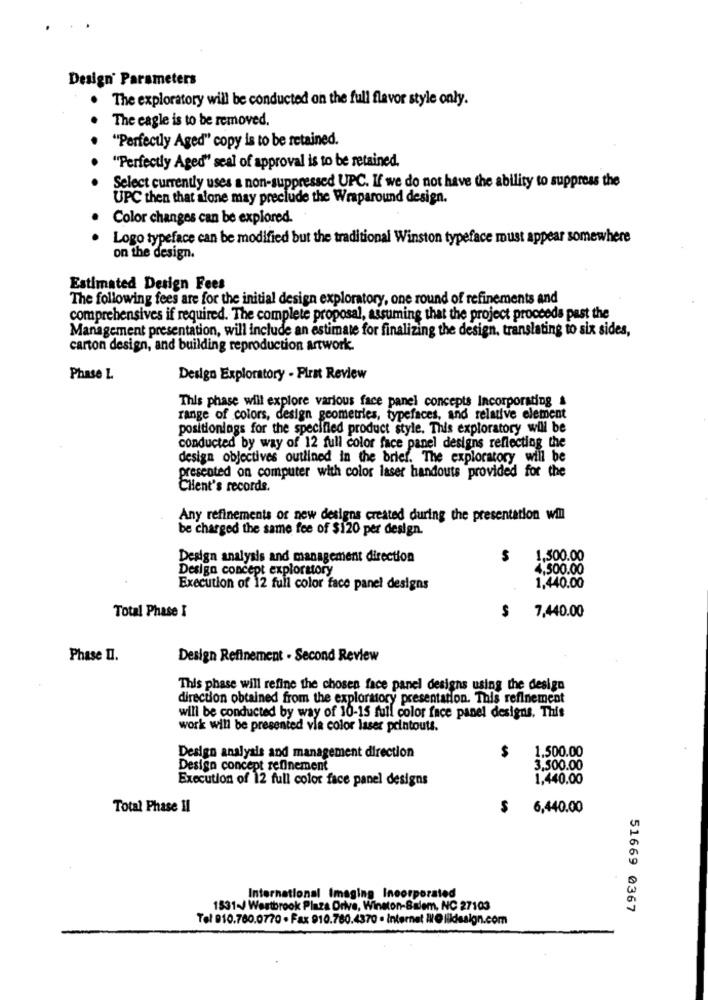
Design' Parameters
The exploratory will be conducted on the full flavor style only.
The eagle is to be removed.
"Perfectly Aged" copy is to be retained.
"Perfectly Aged" seal of approval is to be retained.
Select currently uses a non-suppressed UPC. If we do not have the ability to suppress the
UPC then that alone may preclude the Wraparound design.
Color changes can be explored
.
Logo typeface can be modified but the traditional Winston typeface must appear somewhere
on the design.
Estimated Design Fees
The following fees are for the initial design exploratory, one round of refinements and
comprehensives if required. The complete proposal, assuming that the project proceeds past the
Management presentation, will include an estimate for finalizing the design, translating to six sides,
carton design, and building reproduction artwork.
Phase L
Design Exploratory - First Review
This phase will explore various face panel concepts Incorporating &
range of colors, design geometries, typefaces, and relative element
positionings for the specified product style. This exploratory will be
conducted by way of 12 full color face panel designs reflecting the
design objectives outlined in the brief. The exploratory will be
presented on computer with color laser handouts provided for the
CHent's records.
Any refinements of new designs created during the presentation will
be charged the same fee of $120 per design.
Design analysis and management direction
1,500.00
Design concept exploratory
4,500.00
Execution of 12 full color face panel designs
1,440.00
Total Phase I
$
7,440.00
Phase II.
Design Refinement - Second Review
This phase will refine the chosen face panel designs using the design
direction obtained from the exploratory presentation. This refinement
will be conducted by way of 10-15 full color face panel designs, This
work will be presented via color laser printouts.
$
1,500.00
Design analysis and management direction
Design concept refinement
3,500.00
Execution of 12 full color face panel designs
1.440.00
Total Phase II
$
6,440.00
International Imaging Incorporated
1531-J Westbrook Pinza Drive, Winston-Salem, NC 27103
51669 0367
Tel 010.760.0770 - Fax 910.760.4370 . Internet ://@lildesign.com